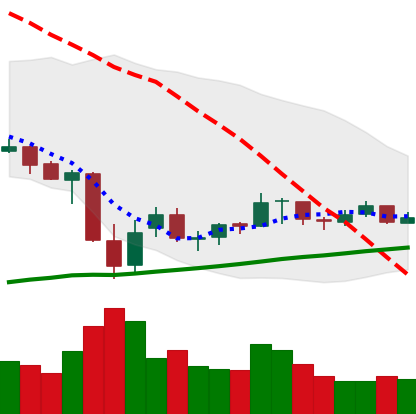
Ticker: XRP-USD
Chart end date: 2021-07-06
Forward return: -4.428%
Label: down_3_5